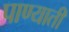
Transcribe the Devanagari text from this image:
पाण्याती